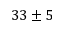
3 3 \pm 5